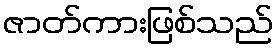
ဇာတ်ကားဖြစ်သည်